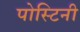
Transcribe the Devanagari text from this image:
पोस्टिनी